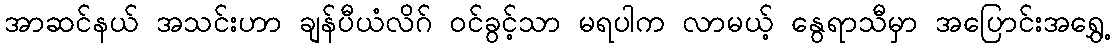
အာဆင်နယ် အသင်းဟာ ချန်ပီယံလိဂ် ဝင်ခွင့်သာ မရပါက လာမယ့် နွေရာသီမှာ အပြောင်းအရွှေ့